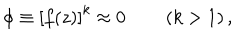
\phi \equiv \left[ f ( z ) \right] ^ { k } \approx 0 \qquad \left( k > 1 \right) ,